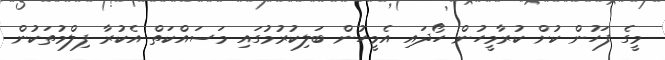
މީގެ ފަހުން ކުށް ކުރާމީހުން ހޯދައި އެމީހުން ބަލިކުރުމުގައި މަސައްކަތް އެކުރާ ފިލްމުތަކުން